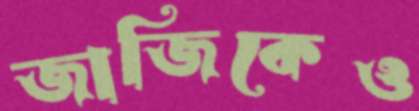
জাজিকেও